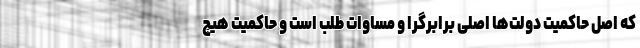
که اصل حاکمیت دولت‌ها اصلی برابرگرا و مساوات طلب است و حاکمیت هیچ